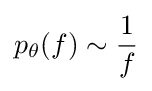
p_{\theta }(f)\sim {\frac {1}{f}}